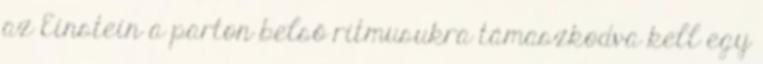
az Einstein a parton belső ritmusukra támaszkodva kell egy